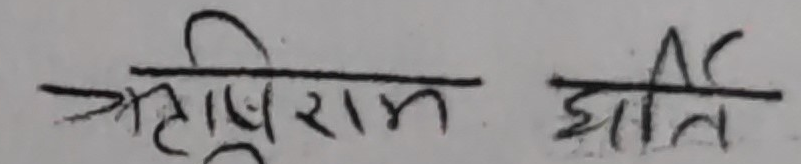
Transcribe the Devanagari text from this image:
तृप्तिराम झा